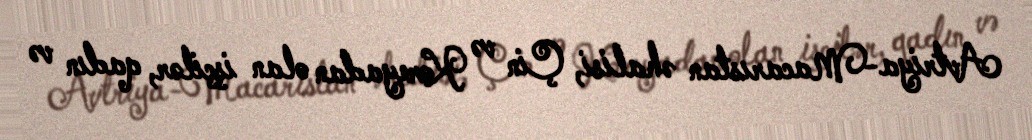
Avtriya-Macarıstan əhalisi, Çin və Koreyadan olan işçilər, qadın və